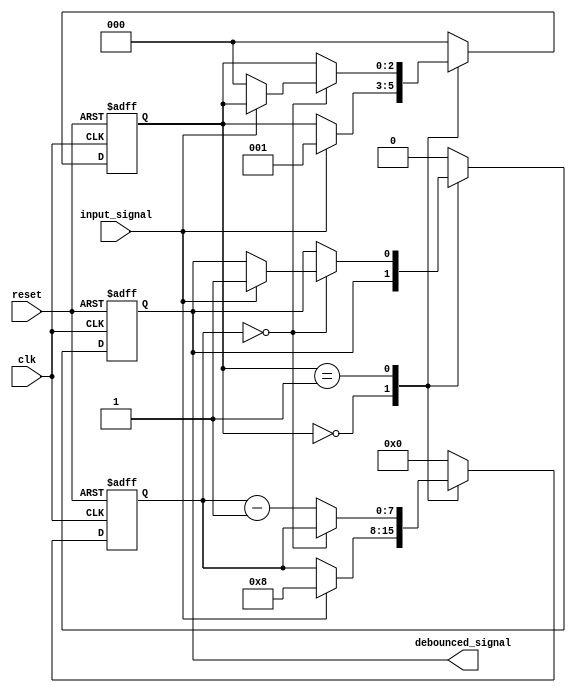
module debounce_circuit(input clk, input reset, input input_signal, output reg debounced_signal);

reg [2:0] state;
reg [7:0] counter;

parameter DEBOUNCE_TIME = 8; // Adjust debounce time based on system requirements

always @(posedge clk or posedge reset) begin
    if (reset) begin
        state <= 0;
        counter <= 0;
        debounced_signal <= 0;
    end
    else begin
        case (state)
            0: begin // Initial state
                if (input_signal == 1) begin
                    state <= 1; // Transition to state 1
                    counter <= DEBOUNCE_TIME;
                end
            end
            1: begin // Debouncing state
                if (counter == 0) begin
                    if (input_signal == 1) begin
                        debounced_signal <= 1; // Signal is stable
                    end
                    else begin
                        state <= 0; // Revert back to initial state
                    end
                end
                else begin
                    counter <= counter - 1;
                end
            end
            default: begin
                state <= 0;
                counter <= 0;
                debounced_signal <= 0;
            end
        endcase
    end
end

endmodule